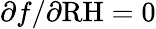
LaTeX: \partial f/\partial\mathrm{RH}=0